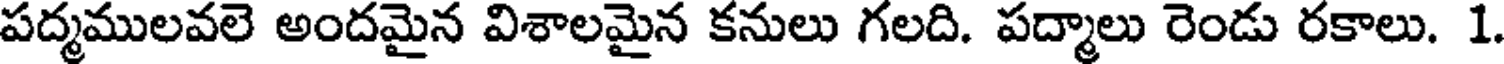
పద్మములవలె అందమైన విశాలమైన కనులు గలది. పద్మాలు రెండు రకాలు. 1.